Vaccination North-Western Provinces and Oudh 1878-1895 - 1878-1895
Year: 1878
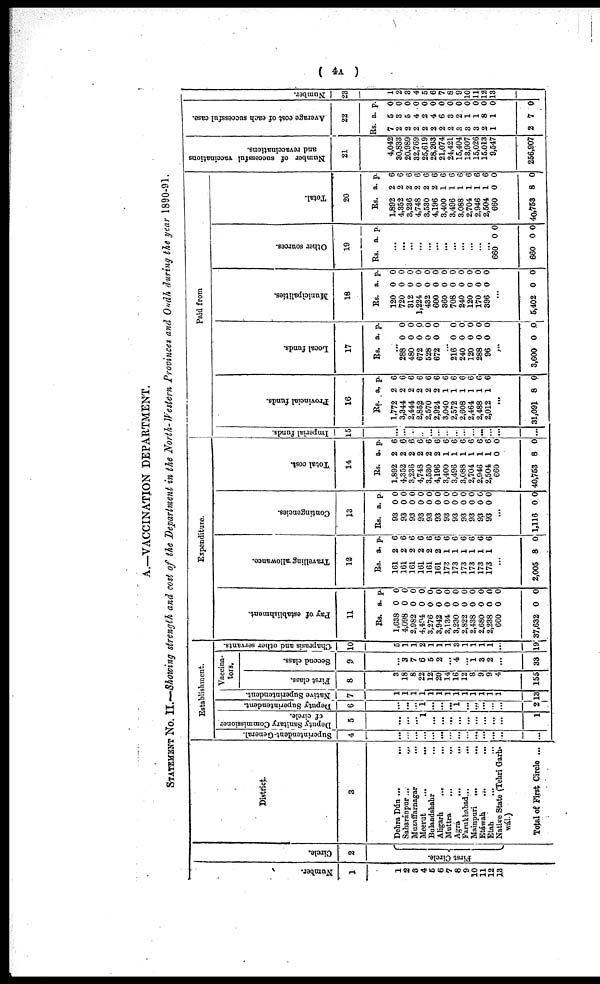
( 4A )
A.—VACCINATION DEPARTMENT.
STATEMENT No. II.—Showing strength and cost of the Department in the North-Western Provinces and Oudh during the year 1890-91.
Number.
1
1
2
3
4
5
6
7
8
9
10
11
12
13
Circle.
2
First Circle.
District.
3
Dehra Dún
...
...
Saharánpur
...
...
Muzaffarnagar
...
...
Meerut
...
...
Bulandshahr ... ...
Aligarh ... ...
Muttra
...
...
Agra ... ...
Farukhabad
...
...
Mainpuri ... ...
Etáwah
...
...
Etah ... ...
Native State (Tehri Garh¬
wál.)
Total of First Circle ...
Establishment.
Superintendent-General.
4
...
...
...
...
...
...
...
...
...
...
...
...
...
...
Deputy Sanitary Commissioner
of circle.
5
...
...
...
1
...
...
...
...
...
...
...
...
...
1
Deputy Superintendent.
6
...
...
...
1
...
...
...
1
...
...
...
...
...
2
Native Superintendent.
7
1
1
1
1
1
1
1
1
1
1
1
1
1
13
Vaccina¬
tors.
First class.
8
3
18
8
22
12
20
14
16
12
8
9
9
4
155
Second class.
9
...
3
7
6
5
2
...
4
...
1
3
2
...
33
Chaprasis and other servants.
10
5
1
1
2
1
1
1
3
1
1
1
1
...
19
Expenditure.
Pay of establishment.
11
Rs.
1,638
4,098
2,982
4,494
3,276
3,942
3,134
3,230
2,822
2,438
2,680
2,238
660
37,632
a.
0
0
0
0
0
0
0
0
0
0
0
0
0
0
p.
0
0
0
0
0
0
0
0
0
0
0
0
0
0
Travelling allowance.
12
Rs.
161
161
161
161
161
161
173
173
173
173
173
173
a.
2
2
2
2
2
2
1
1
1
1
1
1
p.
6
6
6
6
6
6
6
6
6
6
6
6
...
2,005 8 0
Contingencies.
13
Rs.
93
93
93
93
93
93
93
93
93
93
93
93
a.
0
0
0
0
0
0
0
0
0
0
0
0
p.
0
0
0
0
0
0
0
0
0
0
0
0
...
1,116 0 0
Total cost.
14
Rs.
1,892
4,352
3,236
4,748
3,530
4,196
3,400
3,496
3,088
2,704
2,946
2,504
660
40,753
a.
2
2
2
2
2
2
1
1
1
1
1
1
0
8
p.
6
6
6
6
6
6
6
6
6
6
6
6
0
0
Paid from
Imperial funds.
15
...
...
...
...
...
...
...
...
...
...
...
...
...
...
Provincial funds.
16
Rs.
1,772
3,344
2,444
2,852
2,570
2,924
3,040
2,572
2,608
2,464
2,488
2,012
a.
2
2
2
2
2
2
1
1
1
1
1
1
p.
6
6
6
6
6
6
6
6
6
6
6
6
...
31,091 8 0
Local funds.
17
Rs. a. p.
288
480
672
528
672
0
0
0
0
0
0
0
0
0
0
...
216
240
120
288
96
0
0
0
0
0
0 0
0
0
0
...
3,600 0 0
Municipalities.
18
Rs.
120
720
312
1,224
432
600
360
708
240
120
170
396
a.
0
0
0
0
0
0
0
0
0
0
0
0
p.
0
0
0
0
0
0
0
0
0
0
0
0
...
5,402 0 0
Ot her s our ces .
19
Rs. a. p.
...
...
...
...
...
...
...
...
...
...
...
...
660
660
0
0
0
0
Total.
20
Rs.
1,892
4,352
3,236
4,748
3,530
4,196
3,400
3,496
3,088
2,704
2,946
2,504
660
40,753
a.
2
2
2
2
2
2
1
1
1
1
1
1
0
8
p.
6
6
6
6
6
6
6
6
6
6
6
6
0
0
Number of successful vaccinations
and revaccinations.
21
4,042
30,833
20,989
32,769
25,619
28,263
21,074
24,421
15,404
13,907
15,026
15,013
9,547
256,907
Average cost of each successful case.
22
Rs.
7
2
2
2
2
2
2
2
3
3
3
2
1
2
a.
5
3
5
4
2
4
6
3
2
1
1
8
1
7
p.
0
0
0
0
0
0
0
0
0
0
0
0
0
0
Number.
23
1
2
3
4
5
6
7
8
9
10
11
12
13